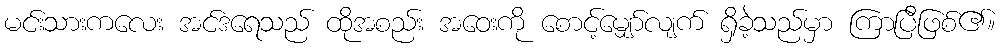
မင်းသားကလေး အင်ဒရေသည် ထိုအစည်း အဝေးကို စောင့်မျှော်လျက် ရှိခဲ့သည်မှာ ကြာပြီဖြစ်၏။